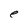
Character: e